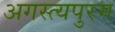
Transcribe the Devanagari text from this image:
अगस्त्यपुरम